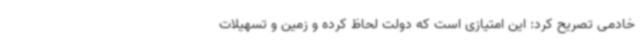
خادمی تصریح کرد: این امتیازی است که دولت لحاظ کرده و زمین و تسهیلات